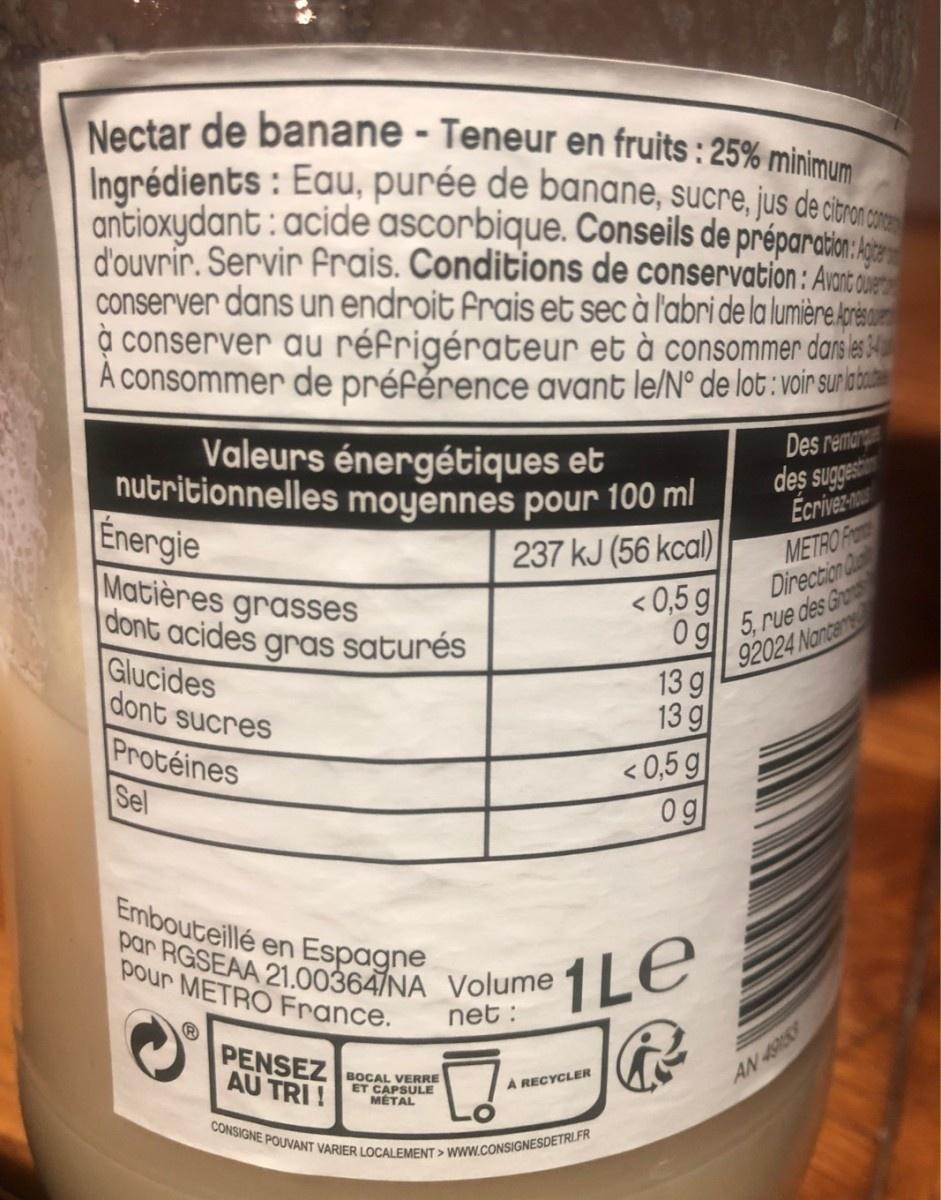
Nectar de banane - Teneur en fruits : 25% minimum Ingrédients : Eau, purée de banane, sucre, jus de ctro ca antioxydant : acide ascorbique. Conseils de préparation: d'ouvrir. Servir Frais. Conditions de conservation: Arnort de conserver dans un endroit frais et sec à l'abri de la lumière.Apres à conserver au réfrigérateur et à consommer dans e 4 A consommer de préfěrence avant le/N° de lot : voir sunbt Des remar des sugges Écrivez-n METRO Fr Direction Valeurs énergétiques et nutritionnelles moyennes pour 100 ml Energie Matières grasses dont acides gras saturés Glucides dont sucres 237 kJ (56 kcal) < 0,5 g O g|| 5. rue des Gro 92024 Nanten 13 g 13 g Protéines Sel < 0,5 g 0g Embouteillé en Espagne par RGSEAA 21.00364/NA Volume pour METRO France. 1LE net : PENSEZ AU TRI ! BOCAL VERRE ET CAPSULE MÉTAL AN 4959 A RECYCLER CONSIGNE POUVANT VARIER LOCALEMENT > WWW.CONSIGNESDETRLER